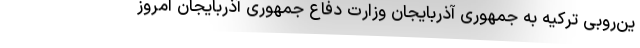
ین‌روبی ترکیه به جمهوری آذربایجان وزارت دفاع جمهوری آذربایجان امروز